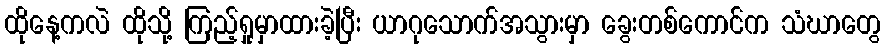
ထိုနေ့ကလဲ ထိုသို့ ကြည့်ရှုမှာထားခဲ့ပြီး ယာဂုသောက်အသွားမှာ ခွေးတစ်ကောင်က သံဃာတွေ